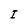
Character: I